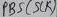
Text: PB5